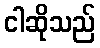
ငါဆိုသည်